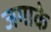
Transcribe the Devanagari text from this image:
जगाके